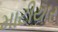
માટીયાર